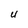
Character: U